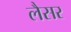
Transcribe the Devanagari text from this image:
लैसर